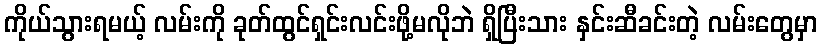
ကိုယ်သွားရမယ့် လမ်းကို ခုတ်ထွင်ရှင်းလင်းဖို့မလိုဘဲ ရှိပြီးသား နှင်းဆီခင်းတဲ့ လမ်းတွေမှာ